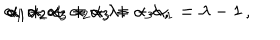
\alpha _ { 1 } + \alpha _ { 2 } + \alpha _ { 3 } = - \lambda \, , \hspace { 1 c m } \alpha _ { 1 } \alpha _ { 2 } + \alpha _ { 2 } \alpha _ { 3 } + \alpha _ { 3 } \alpha _ { 1 } = \lambda - 1 \, , \hspace { 1 c m } \alpha _ { 1 } \alpha _ { 2 } \alpha _ { 3 } = - \lambda \, .